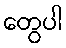
တွေပါ